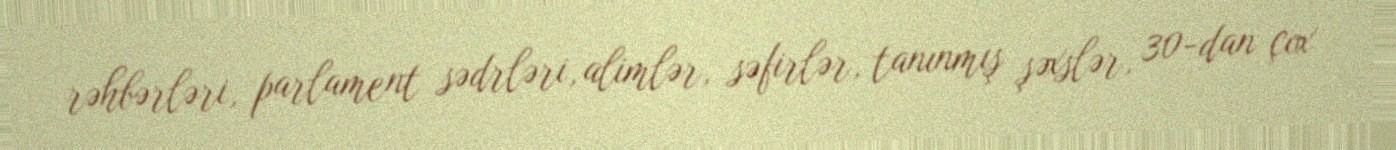
rəhbərləri, parlament sədrləri, alimlər, səfirlər, tanınmış şəxslər, 30-dan çox